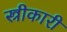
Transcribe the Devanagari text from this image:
स्त्रीकारी